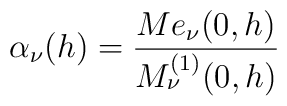
\alpha_{\nu}(h)= \frac{Me_{\nu}(0,h)}{M^{(1)}_{\nu}(0,h)}